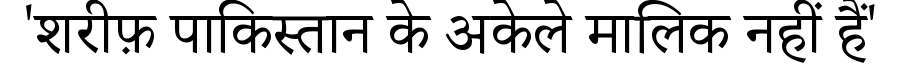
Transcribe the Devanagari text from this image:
'शरीफ़ पाकिस्तान के अकेले मालिक नहीं हैं'